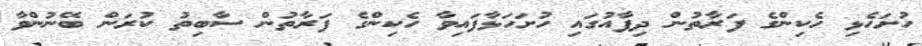
ހުށަހެޅި ހެކިންގެ ފަރާތުން ދިފާއުގައި ހުށަހަޅާފައިވާ ހެކިންގެ ފަރާތުން ސާބިތު ކުރަން ބޭނުންވާ